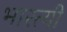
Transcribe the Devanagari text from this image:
भारत्यी